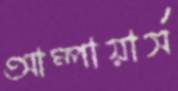
আম্পায়ার্স